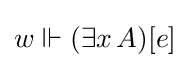
w\Vdash (\exists x\,A)[e]